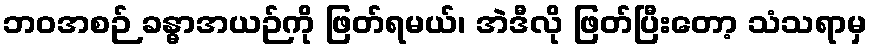
ဘဝအစဉ် ခန္ဓာအယဉ်ကို ဖြတ်ရမယ်၊ အဲဒီလို ဖြတ်ပြီးတော့ သံသရာမှ